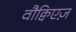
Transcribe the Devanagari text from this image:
वौक्विएज़